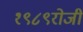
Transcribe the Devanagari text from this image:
१९८९रोजी